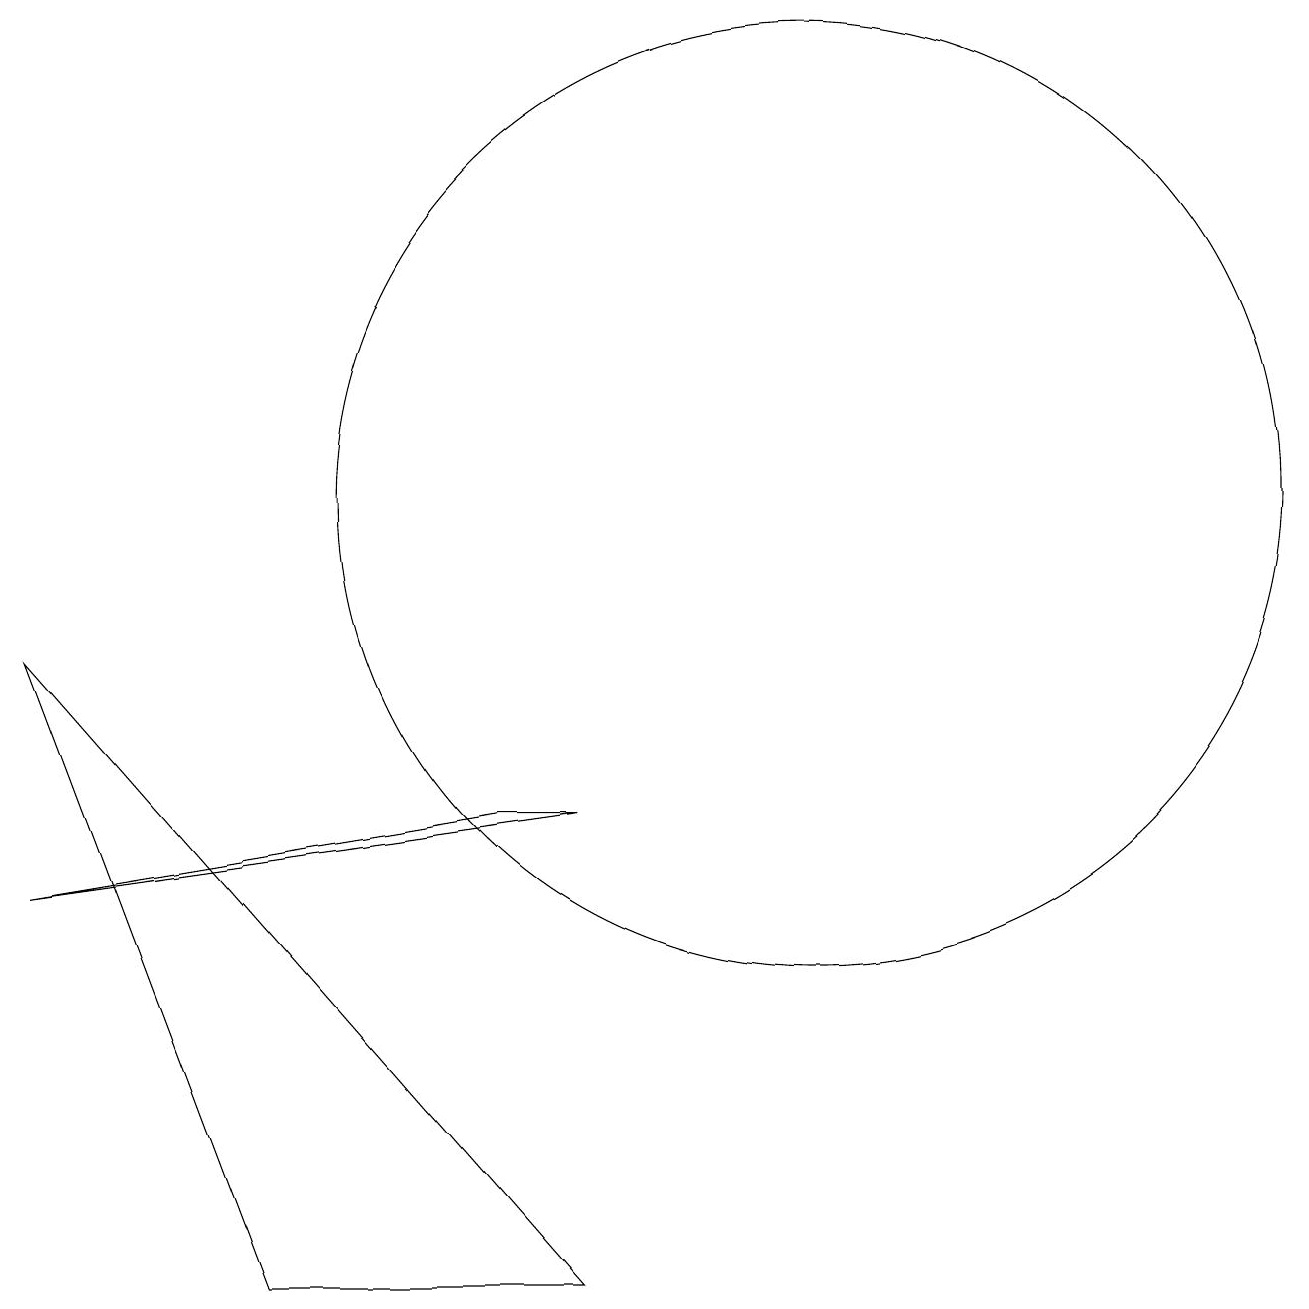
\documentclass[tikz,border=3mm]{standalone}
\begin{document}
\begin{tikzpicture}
\draw (1,8) -- (8,0) -- (4,0) -- cycle;
\draw (8,6) -- (7,6) -- (1,5) -- cycle;
\draw (11,10) circle (6);
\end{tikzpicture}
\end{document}